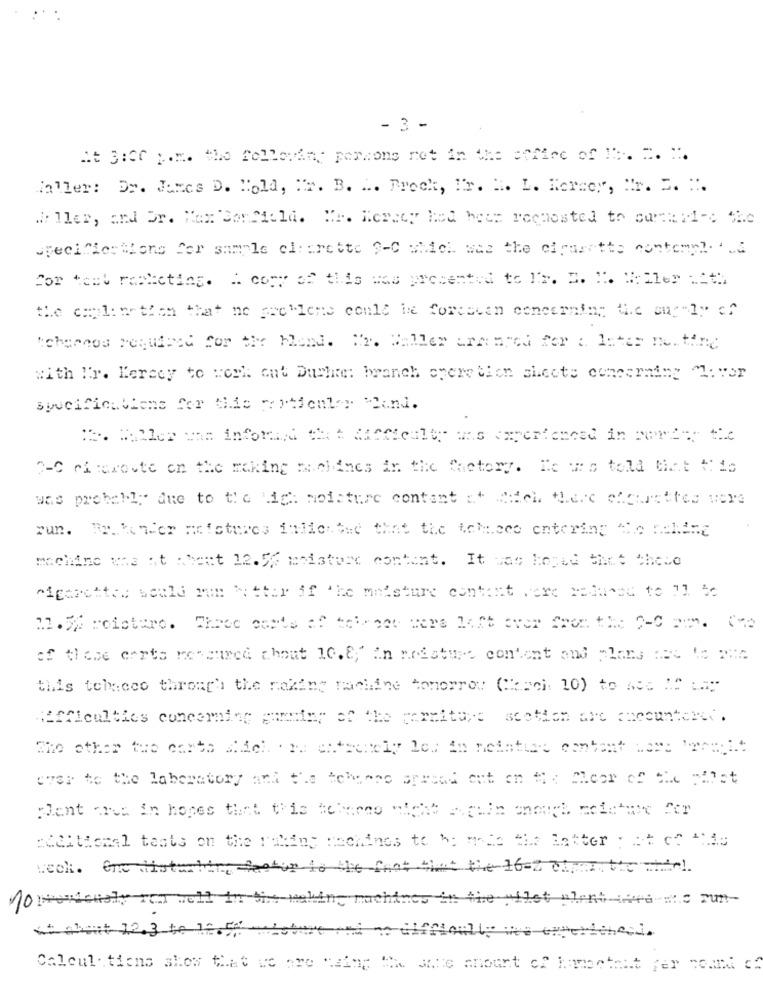
- 3 -
At 3:00 p.m. the following persons not in the affine of 1. 2. ".
Taller: Dr. James D. Hold, "r. B. L. Trock, If. H. L. Kersey, Nr. S. :.
Wo ller, and Dr. Max Sonfield. "e. Mcrecy hed hets rechosted to cumek :1-e Sic
SpecifiesMons for sample el: : rette 9-C which was the cigarette contemplada
For test rasketing. A copy of this was presented to IN. S. I. Willer with
the cool: netzen that no sechlens could be forescan concerning the out"ly of
tchernos required for the Mend. "2. Haller ura: ared for : letar neiting
with Ir. Kersey to work out Duche: branch opere tion sheets concerning "liver
specifications for this reticular Mand.
IS. Wales me informed the difficulty was coverfenced in corea; the
2-C eiraroute on the making mueldnes in the factory. He was told that this
was probably due to the high: moisture content at 2:del there chourettes were
run. Bekender nofctures falder the that the tohiseo entering the celine
machine was at whent 12.5% moisture content. It was hoped that these
cigarettes weald ram better if The maisture contant were reduced to il bo
of these corts ressured chout 10.8;" In medature content and plans not 'o mia
this tchacco throng' the making machine tomorrow (anci: 10) to noe IS Lay
difficulties concerning gunning of the percitare scotton are checontener.
ever to the laboratory and the tchose spread out on # : Mleor of the pilot
excitional tests on the taking machines to be mate the letter ; at oo Ale
week. One disturbing fotor to the foot Get the 16-2 cfrat the white!
forsocialy ren well in the making machines in the uilet alent-twee wo run-
++ About 12.3 to 12.50
Calcul tiens show that we are using the site anou